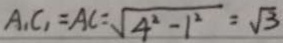
A _ { 1 } C _ { 1 } = A C = \sqrt { 4 ^ { 2 } - 1 ^ { 2 } } = \sqrt { 3 }